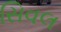
સિવલ